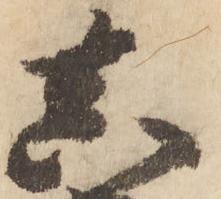
真